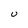
Character: U